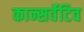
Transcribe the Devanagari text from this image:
कान्सर्वेटिव